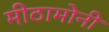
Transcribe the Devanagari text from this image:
मीठामोनी